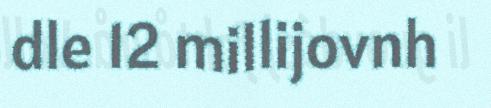
dle 12 millijovnh